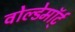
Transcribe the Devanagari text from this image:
वोल्डेमॉर्ट्